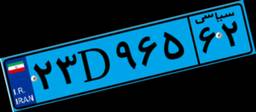
۲۳D۹۶۵۶۲